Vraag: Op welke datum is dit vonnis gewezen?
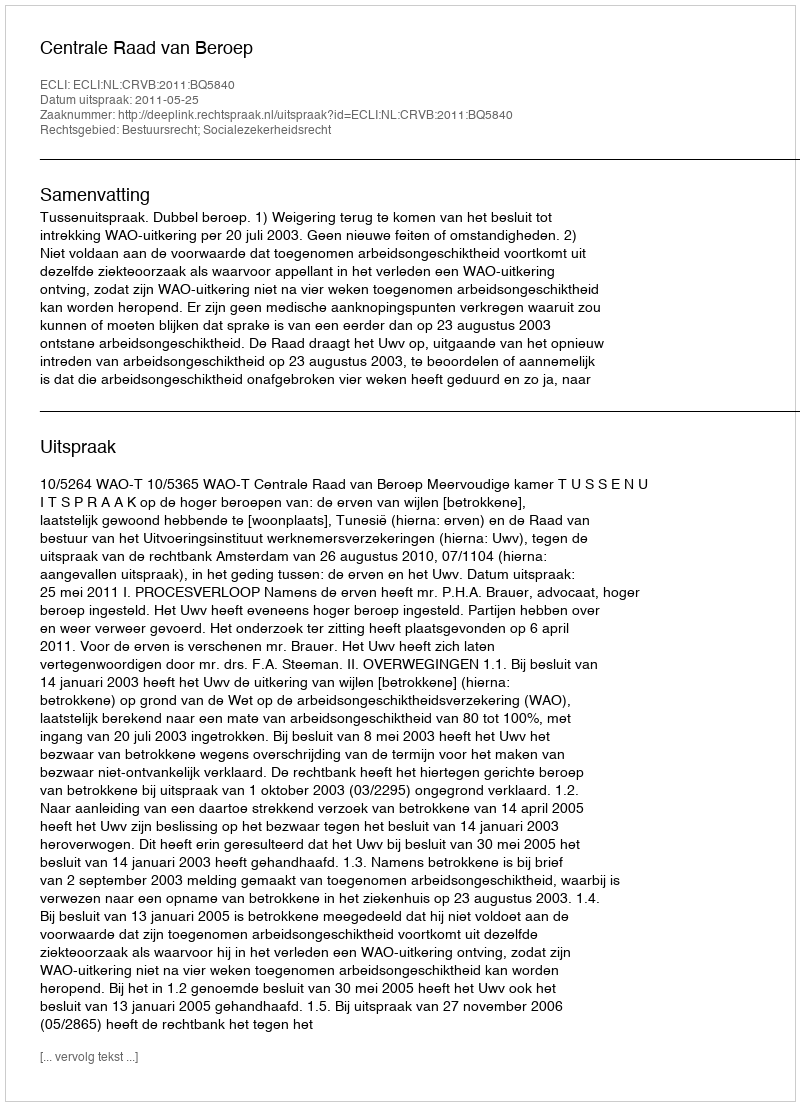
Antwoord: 2011-05-25